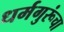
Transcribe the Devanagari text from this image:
धर्मगुरूंचा